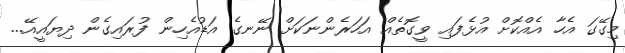
މިގޭގަ އެހާ އެއްކޮށް އުޅެފައި ވީގޮތެއް އަހަރެންނަކަށް ނޭނގެ އަޑުއެހިން ފުރައިގެން ދިޔައީއޭ...